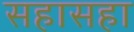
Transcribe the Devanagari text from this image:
सहासहा